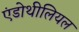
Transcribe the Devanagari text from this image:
एंडोथीलियल